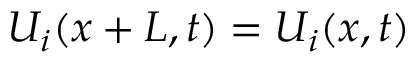
U _ { i } ( { x } + { L } , t ) = U _ { i } ( x , t )